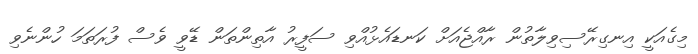
މިގެއަކީ އިނގިރޭސިވިލާތުން ރާއްޖެއަށް ކަނޑައެޅުއްވި ސަފީރު އާތިންތަން ޑޭވީ ވެސް ފުރަތަމަ ހުންނެވި